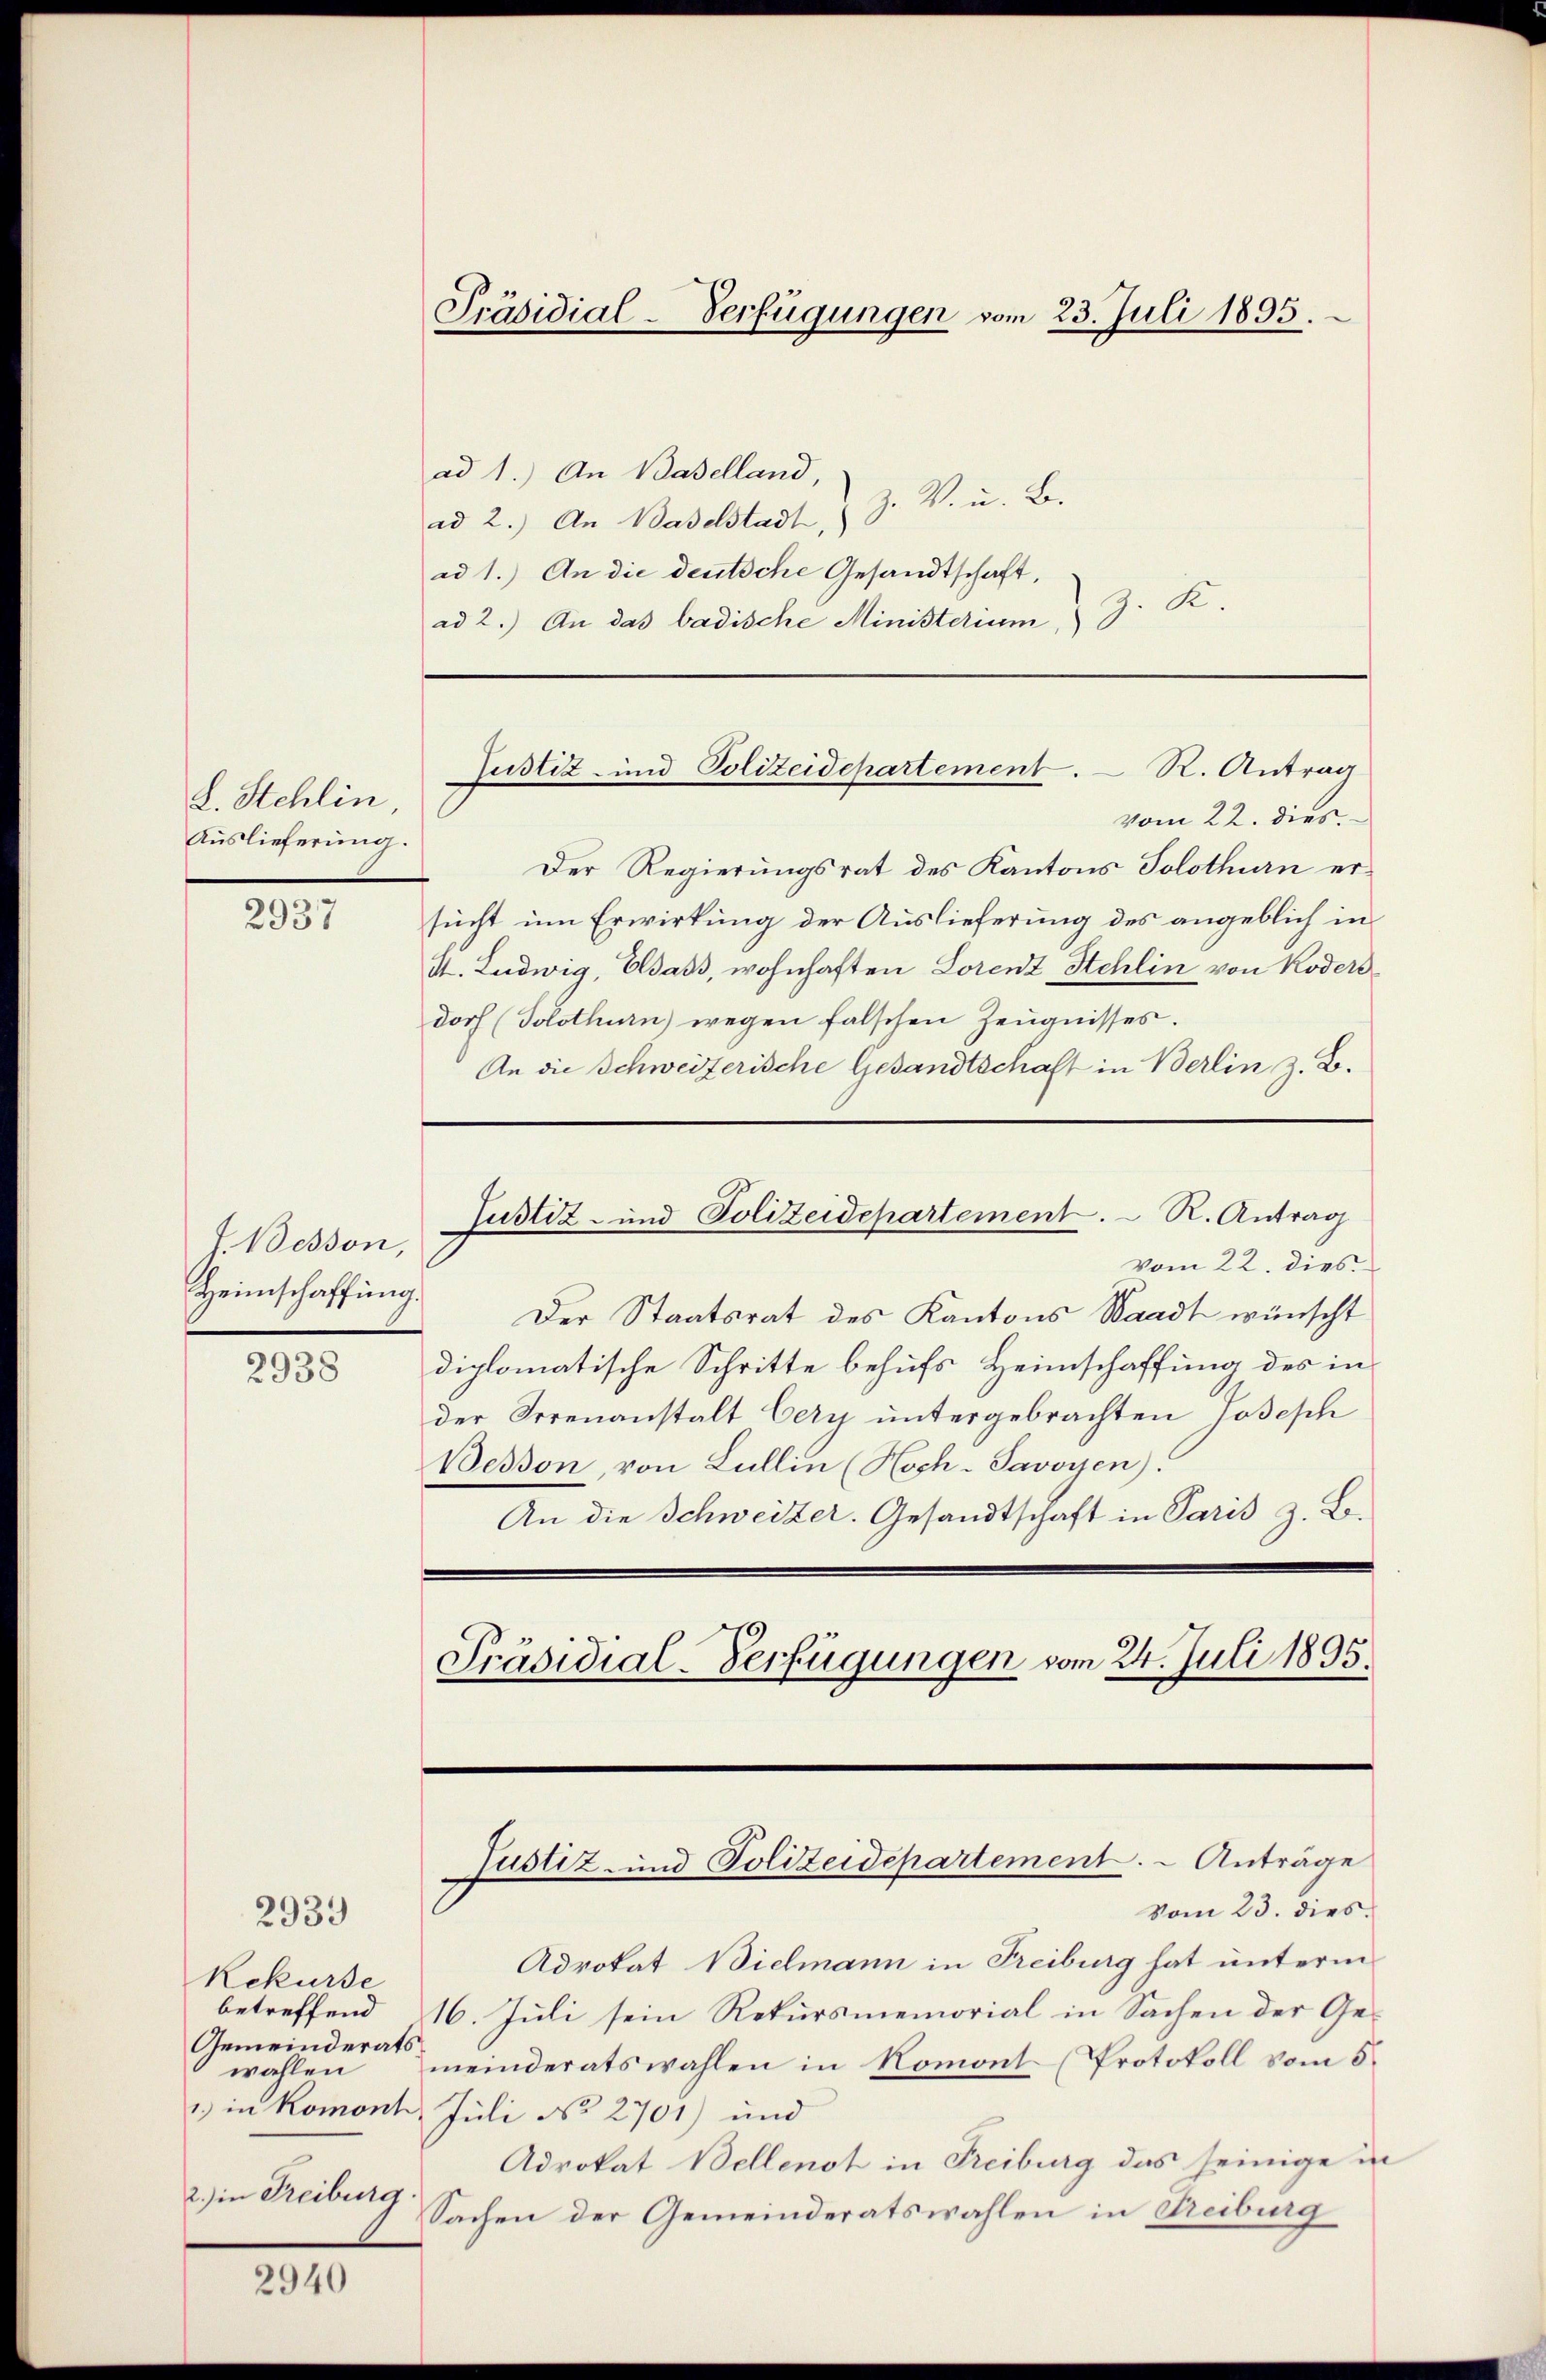
L. Stehlin
Auslieferung.

2937

J. Bosson,
Heimschaffung.
2938

2939

Rekurse
betreffend
Gemeinderats
wahlen
2.) in Freiburg

2940

Präsidial-Verfügungen vom 23. Juli 1895.

ad 1.) An Baselland,
Z. V. u. B.
ad 2.) An Baselstadt,
ad 1.) An die deutsche Gesandtschaft,
Z. K.
ad 2.) An das badische Ministerium,

Justiz- und Polizeidepartement. R. Antrag

vom 22. dies
Der Regierungsrat des Kantons Solothurn ersucht um Erwirkung der Auslieferung des angeblich in
I. Ludwig, Elsass, wohnhaften Lorenz Stehlin von Koders
doch (Solothurn) wegen falschen Zeugnisses.
An die Schweizerische Gesandtschaft in Berlin z. B.
vom 22. dies
Der Staatsrat des Kantons Waadt wünscht
diplomatische Schritte behufs Heimschaffung des in
der Irrenanstalt Cery untergebrachten Joseph
Besson, von Lullin (Hoch-Savoyen).
An die Schweizer. Gesandtschaft in Paris z. B.
Präsidial-Verfügungen vom 24. Juli 1895.

Justiz- und Polizeidepartement. R. Antrag

Advokat Bielmann in Freiburg hat unterm
16. Juli sein Rekursmemorial in Sachen der Gemeinderatswahlen in Romont (Protokoll vom 5.
1.) in Romont. Juli No 2701) und
Advokat Bellenst in Freiburg das seinige in
Sachen der Gemeinderatswahlen in Freiburg

Justiz- und Polizeidepartement. - Anträge
Vom 23. dies